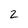
Character: 2